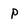
Character: P